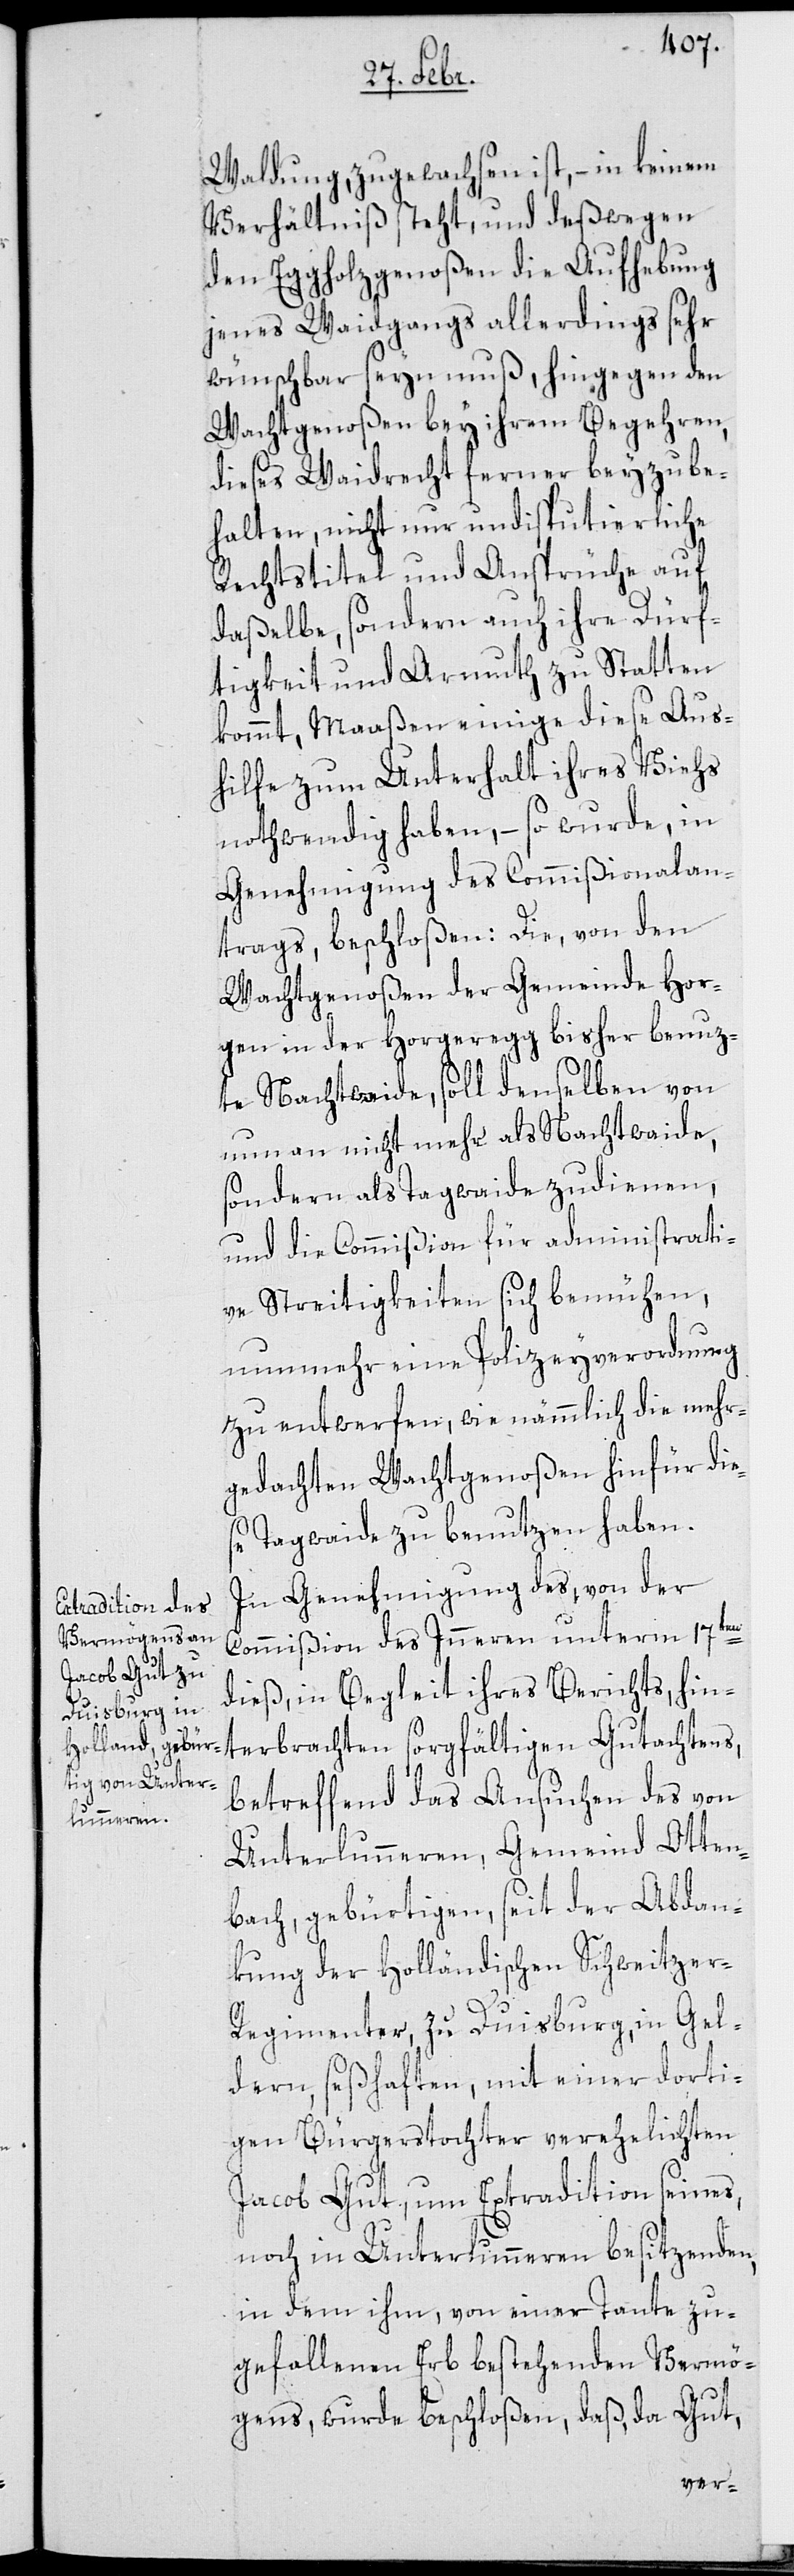
Waldung, zugewachsen ist, – in keinem
Verhältniß steht, und deßwegen
den Eggholzgenoßen die Aufhebung
jenes Waidgangs allerdings sehr
wünschbar seyn muß, hingegen den
Wachtgenoßen bey ihrem Begehren,
dieses Waidrecht ferner beyzube¬
halten, nicht nur undisputierliche
Rechtstitel und Ansprüche auf
daßelbe, sondern auch ihre Dürf¬
tigkeit und Armuth zu Statten
kommt, Maaßen einige diese Aus¬
hilfe zum Unterhalt ihres Viehs
nothwendig haben, – so wurde, in
Genehmigung des Commißionalan¬
trags beschloßen: Die, von den
Wachtgenoßen der Gemeinde Hor¬
gen in der Horgeregg bisher benuz¬
te Nachtwaide, soll denselben von
nun an nicht mehr als Nachtwaide,
sondern als Tagwaide zudienen,
und die Commißion für administrati¬
ve Streitigkeiten sich bemühen,
nunmehr eine Polizeyverordnung
zu entwerfen, wie nämmlich die mehr¬
gedachten Wachtgenoßen hinfür die¬
se Tagwaide zu benutzen haben.
In Genehmigung des von der
Commißion des Inneren unterm 17ten
terbrachten
dieß, in Begleit ihres Berichts, hin¬
betreffend das Ansuchen des von
Unterlunneren, Gemeind Otten¬
bach, gebürtigen, seit der Abdan¬
kung der Holländischen Schweitzer-R¬
egimenter zu Duisburg, in Gel¬
dern seßhaften, mit einer dorti¬
gen Bürgerstochter verehelichten
Jacob Gut, um Extradition seines,
noch in Unterlunneren besitzenden,
in dem ihm, von einer Tante zu¬
gefallenen Erb bestehenden Vermö¬
gens, wurde beschloßen, daß, da Gut,